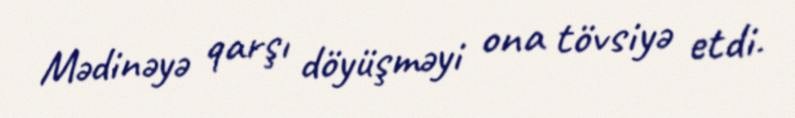
Mədinəyə qarşı döyüşməyi ona tövsiyə etdi.